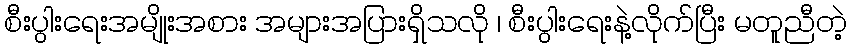
စီးပွါးရေးအမျိုးအစား အများအပြားရှိသလို ၊ စီးပွါးရေးနဲ့လိုက်ပြီး မတူညီတဲ့